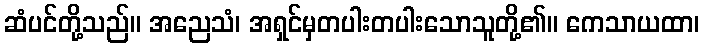
ဆံပင်တို့သည်။ အညေသံ၊ အရှင်မှတပါးတပါးသောသူတို့၏။ ကေသာယထာ၊